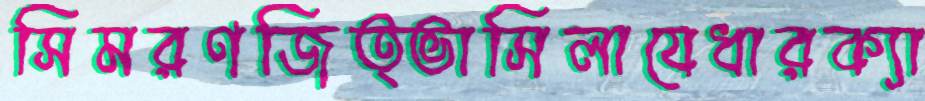
সিমরণজিত্ভাসিলাযেধারক্যা